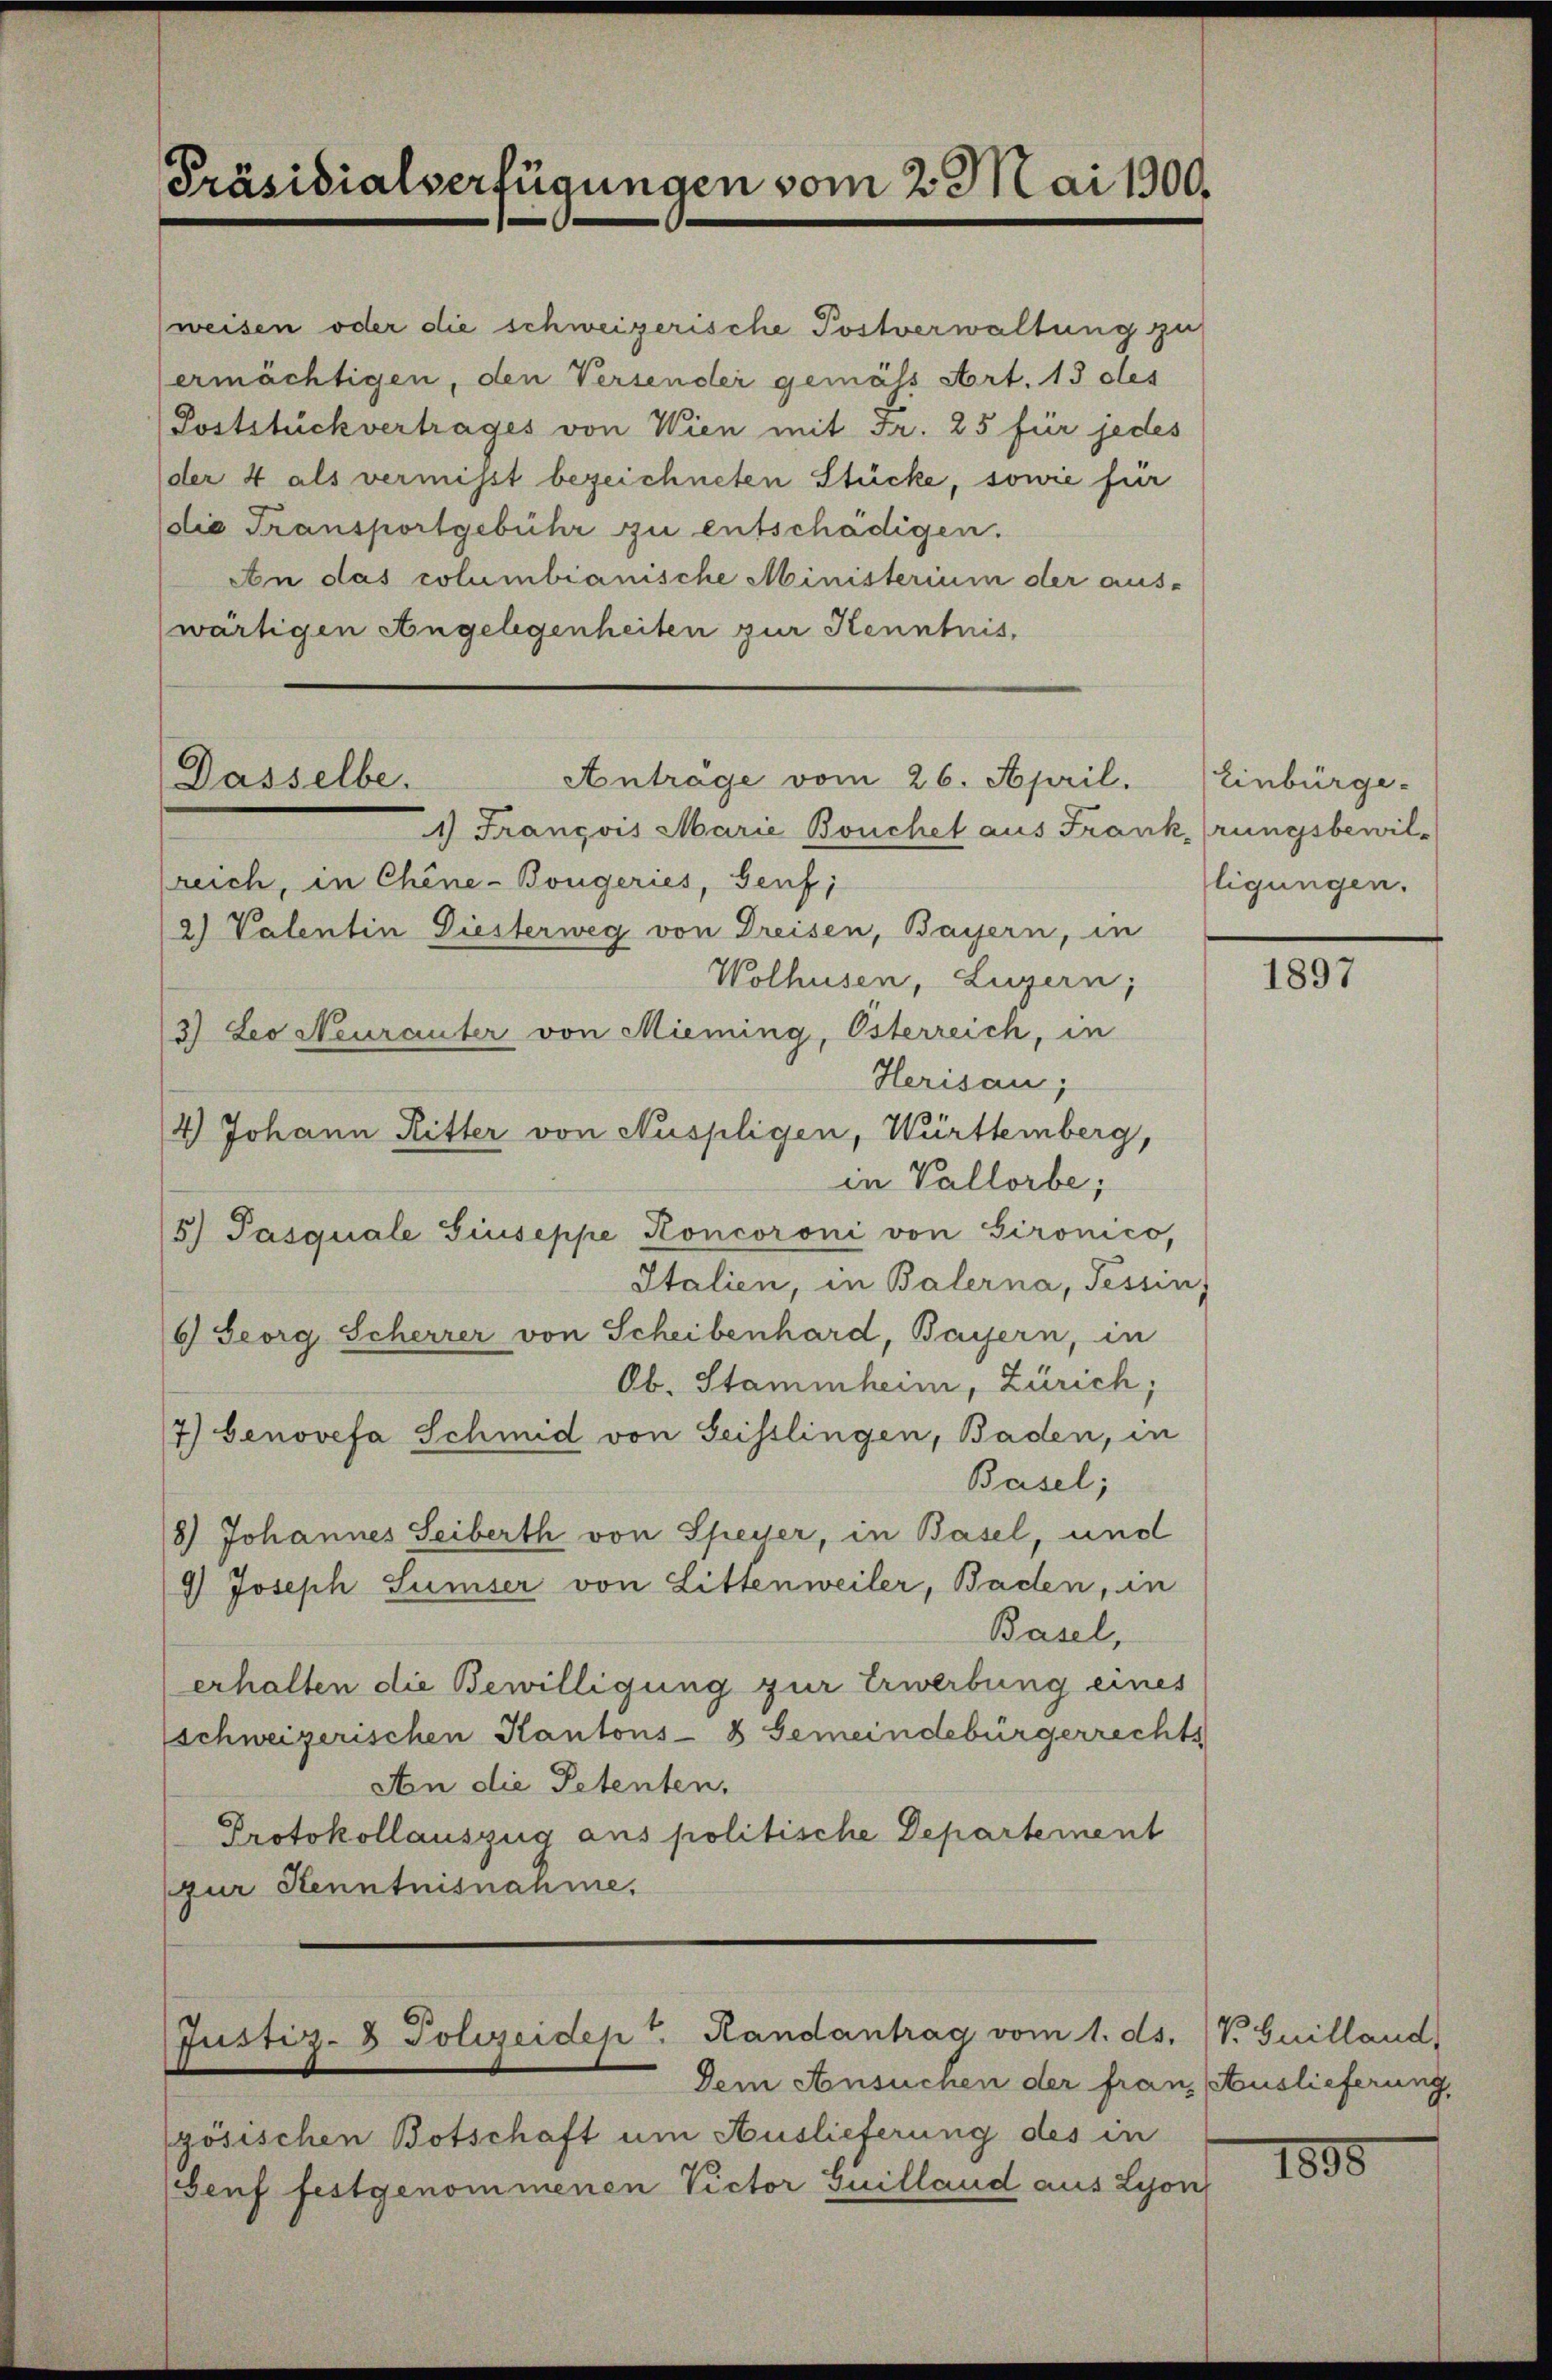
Präsidialverfügungen vom 2. Mai 1900.

Dasselbe.

(weisen oder die schweizerische Postverwaltung zu
ermächtigen, den Versender gemäss Art. 13 des
Poststück vertrages von Wien mit Fr. 25 für jedes
(der 4 als vermisst bezeichneten Stücke, sowie für
(die Transportgebühr zu entschädigen.
An das columbianische Ministerium der aus-
wärtigen Angelegenheiten zur Kenntnis,

1) François Marie Bouchet aus Frank (rungsbewil-
sreich, in Chine-Bougeries, Genf,
2) Valentin Diesterweg von Dreisen, Bayern, in
Wolhusen, Luzern;
3) Leo Neurauter von Mieming, Osterreich, in
Herisau;
4.) Johann Ritter von Nuspligen, Württemberg,
in Vallorbe;
5) Pasquale Giuseppe Koncoroni von Gironico,
Italien, in Balerna, Tessin,
6) Georg Scherrer von Scheibenhard, Bayern, in
Ob. Stammheim, Zürich;
7) Genovefa Schmid von Seisslingen, Baden, in
Basel;
8) Johannes Seiberth von Speiser, in Basel, und
4) Joseph Sumser von Littenweiler, Baden, in
Basel,
erhalten die Bewilligung zur Erwerbung eines
schweizerischen Kantons- & Gemeindebürgerrechts
An die Petenten,
Protokollauszug aus politische Departement
zur Kenntnisnahme.

Anträge vom 26. April.

Justiz- & Polizeidept. Randantrag vom 1. ds. (V. Guilland,
Dem Ansuchen der franz Auslieferung,

zösischen Botschaft um Auslieferung des in
Genf festgenommenen Victor Guilland aus Lyon

Einbürge
ligungen.

1897

1895